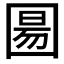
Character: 𫭍